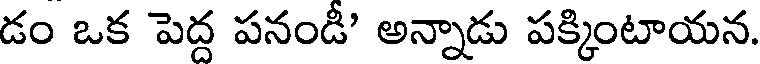
డం ఒక పెద్ద పనండీ' అన్నాడు పక్కింటాయన.